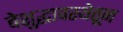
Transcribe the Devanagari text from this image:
बेशुद्धावस्थेतून